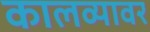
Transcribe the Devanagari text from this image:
कालव्यावर